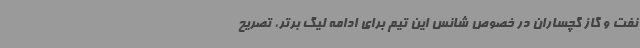
نفت ‌و گاز گچساران در خصوص شانس این تیم برای ادامه لیگ برتر، تصریح